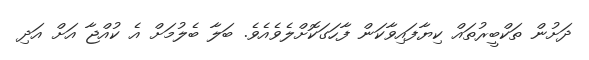
ދަށުން ތަކްބީރުތައް ކިޔާފައިވާކަން ފާހަގަކޮށްލެވެއެވެ. ބަލާ ބެލުމަށް އެ ކުއްޖާ އަށް އަދި